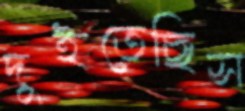
দুইতেছিস